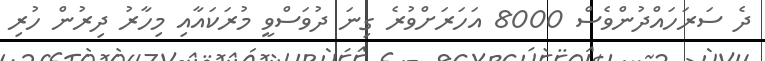
ދެ ސަރަހައްދުންވެސް 8000 އަހަރަށްވުރެ ގިނަ ދުވަސްވީ މުރަކައާއި މިހާރު ދިރުން ހުރި